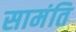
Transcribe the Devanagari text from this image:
सामंति